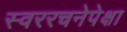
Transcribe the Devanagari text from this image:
स्वररचनेपेक्षा